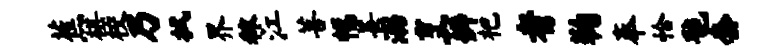
蕉棋校乃拭界秣江菩幅善溺烹辨杷者鞠奉恰毡套